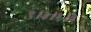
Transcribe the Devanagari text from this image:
९।३।१।३